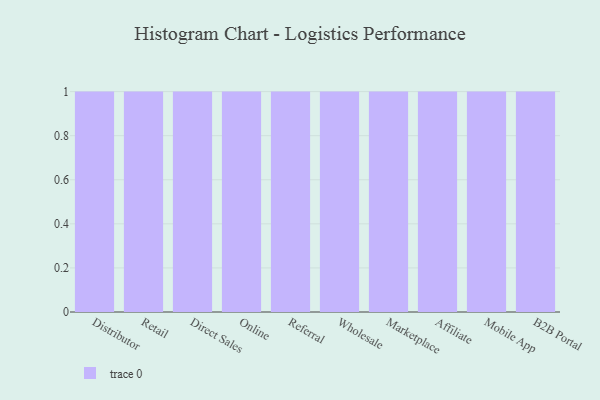
{"axis": {"x": "Channel", "y": "Tickets Resolved"}, "legend": [""], "data": [{"x": "Distributor", "y": 46, "type": ""}, {"x": "Retail", "y": 8, "type": ""}, {"x": "Direct Sales", "y": 41, "type": ""}, {"x": "Online", "y": 7, "type": ""}, {"x": "Referral", "y": 38, "type": ""}, {"x": "Wholesale", "y": 38, "type": ""}, {"x": "Marketplace", "y": 42, "type": ""}, {"x": "Affiliate", "y": 6, "type": ""}, {"x": "Mobile App", "y": 76, "type": ""}, {"x": "B2B Portal", "y": 34, "type": ""}]}